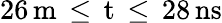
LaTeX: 26\, \mathrm{{m}\, \leq\, t\, \leq\, 28\, \mathrm{{ns}}}